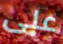
على